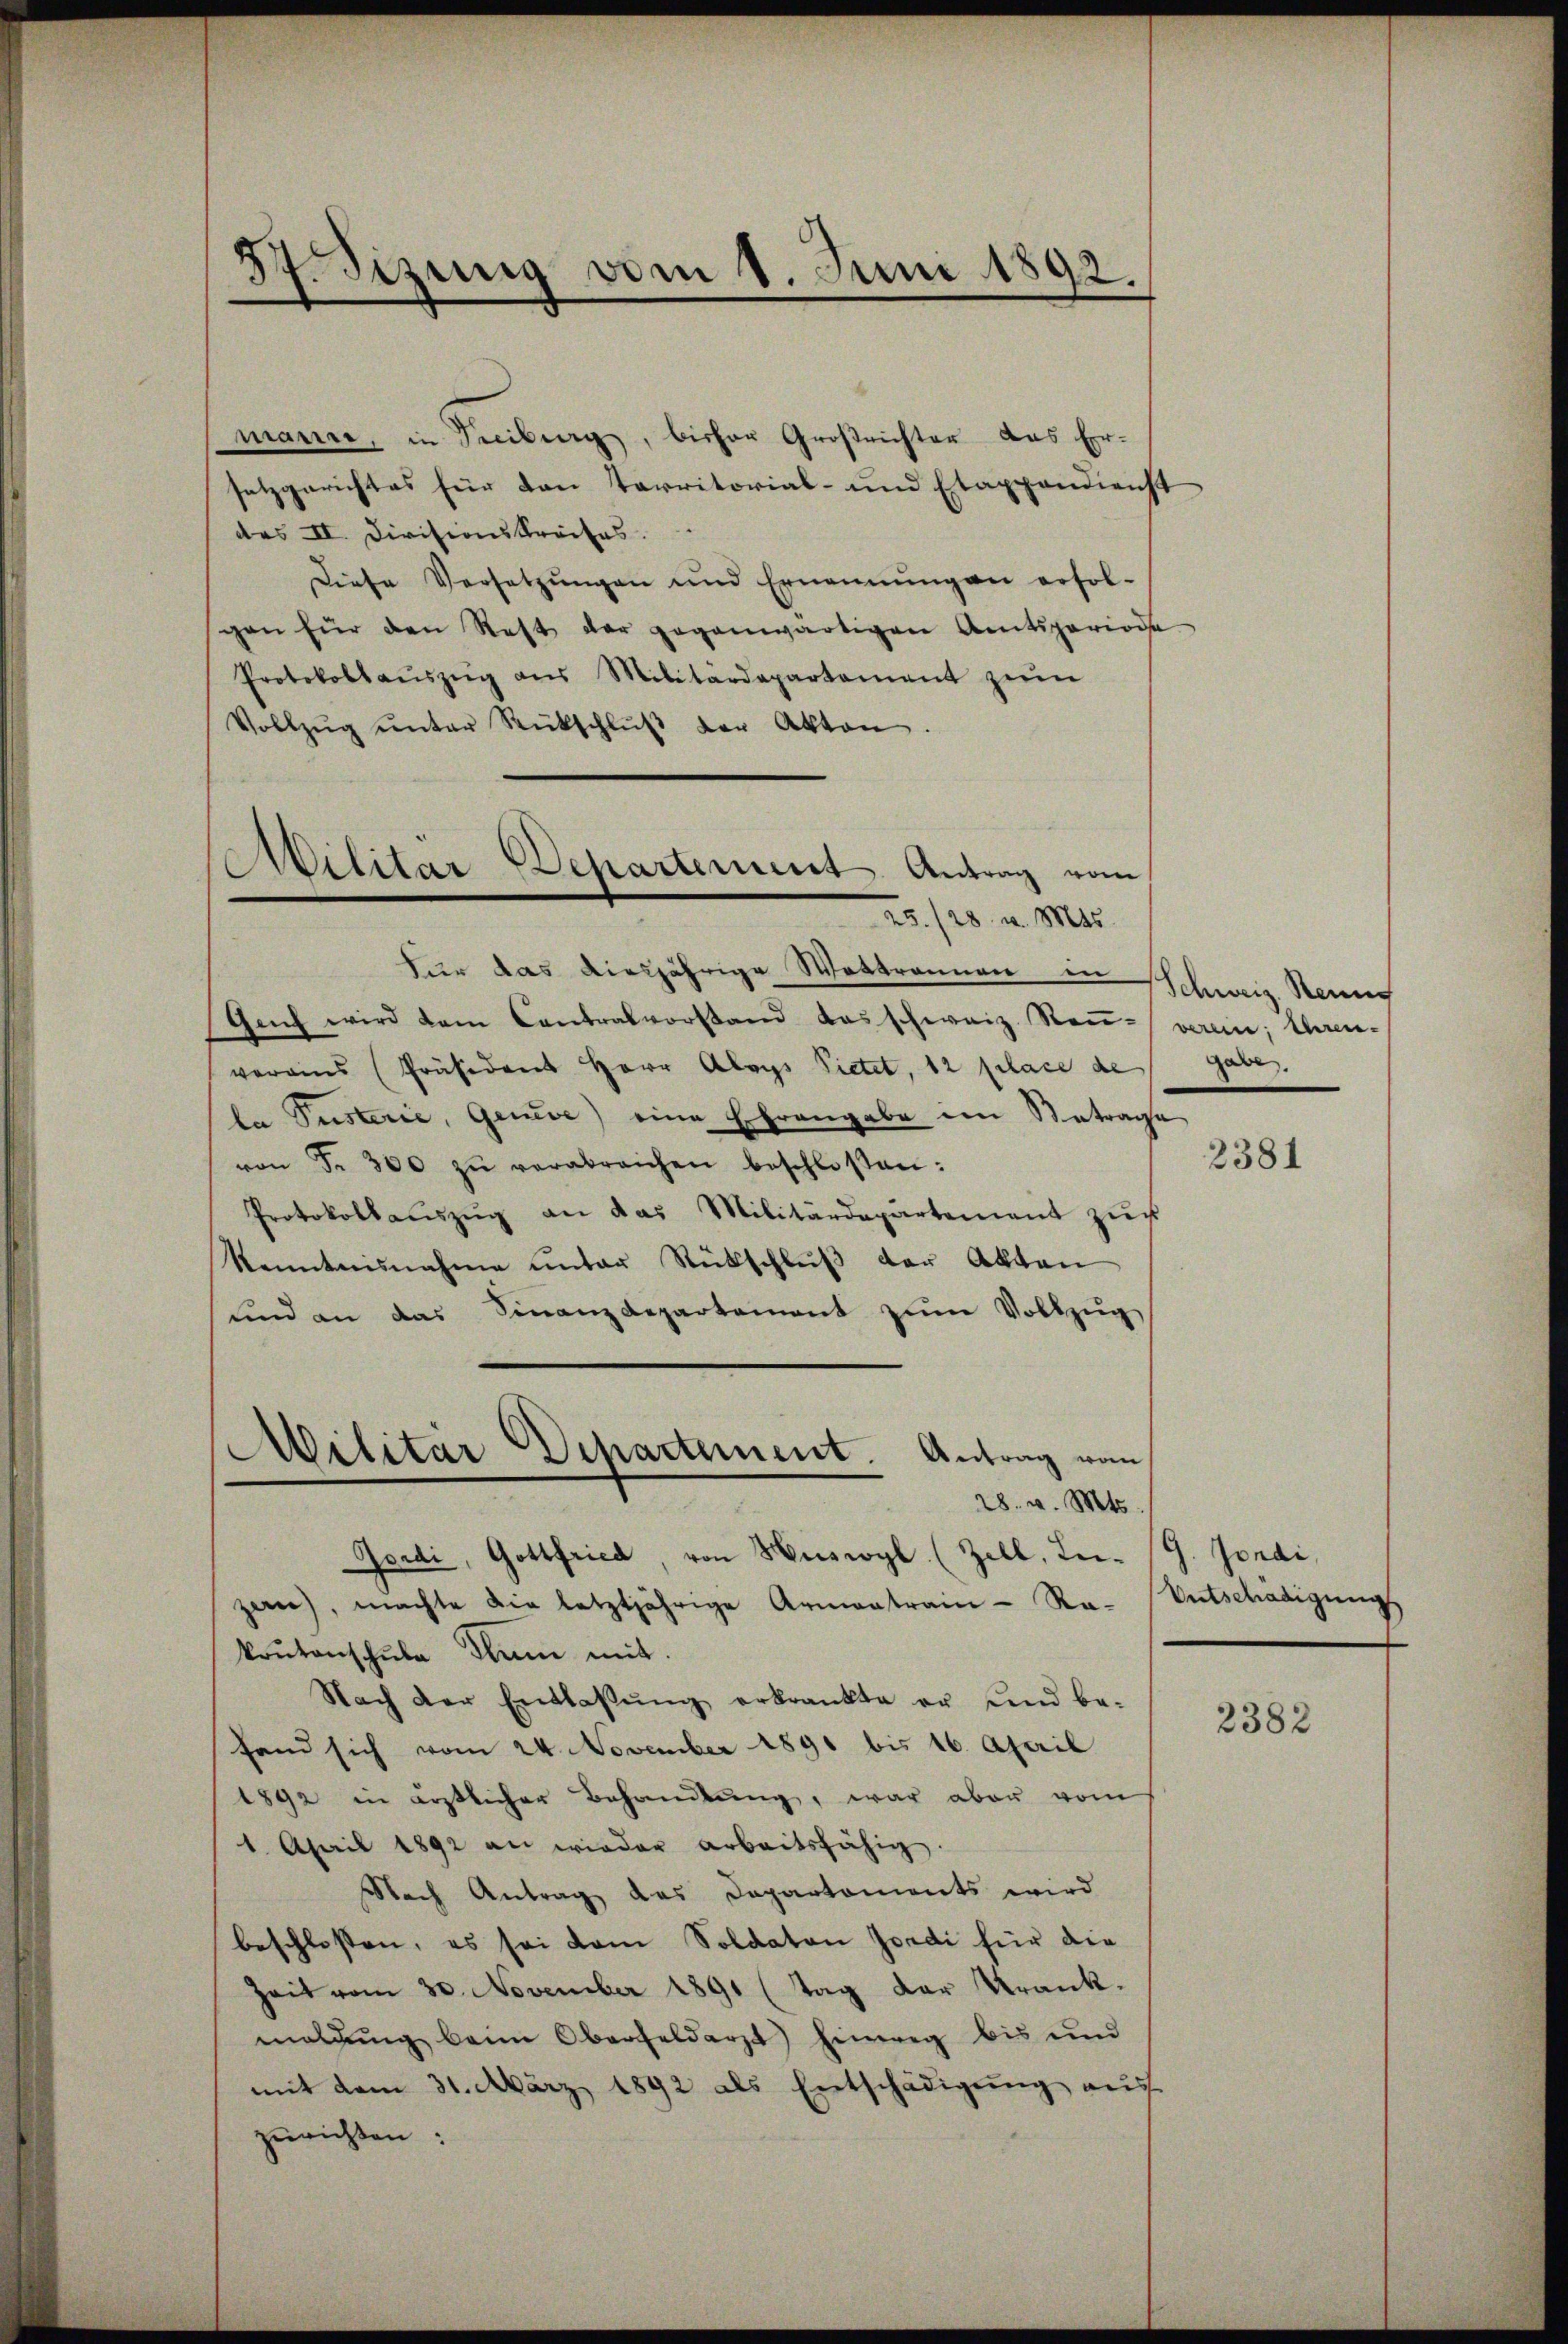
d
3
Sizung vom 1. Juni 1892.

Militär Departement. Antrag vom

manne, in Tribung, bisher Großrichter das Ersetzgerichtes für den Parritorial- und Etappendienst
des II. Divisionskreises.
Diese Versetzŭngen und Ernennungen erfolgen für den Rest der gegenwärtigen Amtsperiode
Protokollaŭszŭg ans Militardepartament zŭm
Vollzŭg ŭnter Rückschlŭβ der Akten.
25. 128. v. Mts.
Für das diesjährige Wattrannen in Schweiz. Reiner
Gach wird dem Contralvorstand das schweiz. Raŭ- verein; Ihren-
vereins Präsident Herr Aloys Pietet, 12 flace de
la Pusterie, Geneve) eine Ehrangabe im Betrage
von Fr. 300 zŭ verabreichen beschlossen:
Protokollaŭszŭg an das Militärdepartement zŭr
kenntnisnahme unter Rückschlŭβ der Akten
und an das Finanzdepartement zŭm Vollzŭg
28. v. Mts.
Jordi, Gottfried, von Huswyl (Zell, Lei- (G. Jonai,
zan, machte die letztjährige Armentrain-Ra-Entschädigungs
kaŭtanschŭle kam mit.
Nach der Entlassŭng erkrankte er und be-
Fand sich vom 24. November 1891 bis 16. April
1892 in ärztlicher Behandlung, war aber vom
1. April 1892 an wieder arbeitsfähig.
Nach Antrag des Departements wird
beschlossen, es sei dem Soldaten Jordi für die
Zeit vom 30. November 1891 (Tag der Krank.
maldŭng beim Oberfeldarzt hinweg bis und
mit dem 31. März 1892 als Entschädigŭng aŭs
zurichten:

Militär Dchartement. Antrag von

gabe.

2381

2382